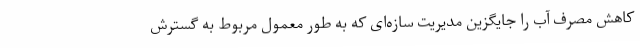
کاهش مصرف آب را جایگزین مدیریت سازه‌ای که به طور معمول مربوط به گسترش